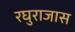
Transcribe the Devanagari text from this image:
रघुराजास